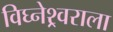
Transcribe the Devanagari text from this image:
विघ्नेश्र्वराला